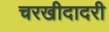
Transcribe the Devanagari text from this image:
चरखीदादरी